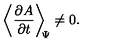
\left\langle \frac { \partial A } { \partial t } \right\rangle _ { \scriptstyle \! \! \Psi } \neq 0 .